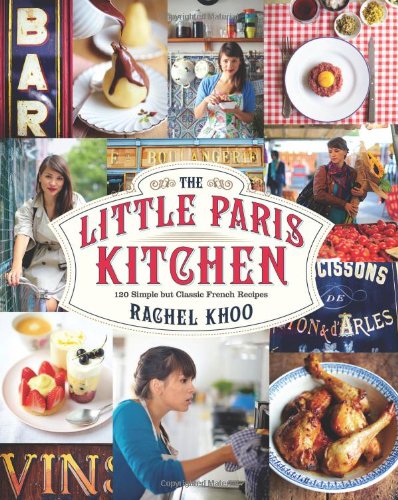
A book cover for The Little Paris Kitchen: 120 Simple But Classic French Recipes; Rachel Khoo; Cookbooks, Food & Wine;